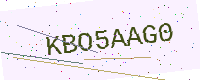
Text: KBO5AAG0